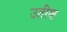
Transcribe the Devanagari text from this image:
उतीण